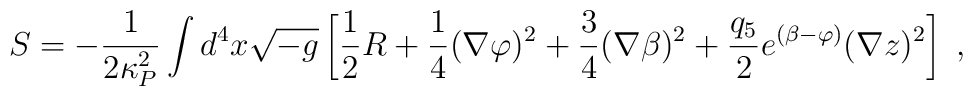
S = -\frac{1}{2\kappa_P^2}\int d^4 x\sqrt{-g} \left[\frac{1}{2}R+\frac{1}{4}(\nabla \varphi)^2 +\frac{3}{4} (\nabla \beta)^2 +\frac{q_5}{2}e^{(\beta -\varphi)}(\nabla z)^2 \right] \; ,